Plague in India, 1896, 1897 - Volume 3
Year: 1896
Disease focus: Plague
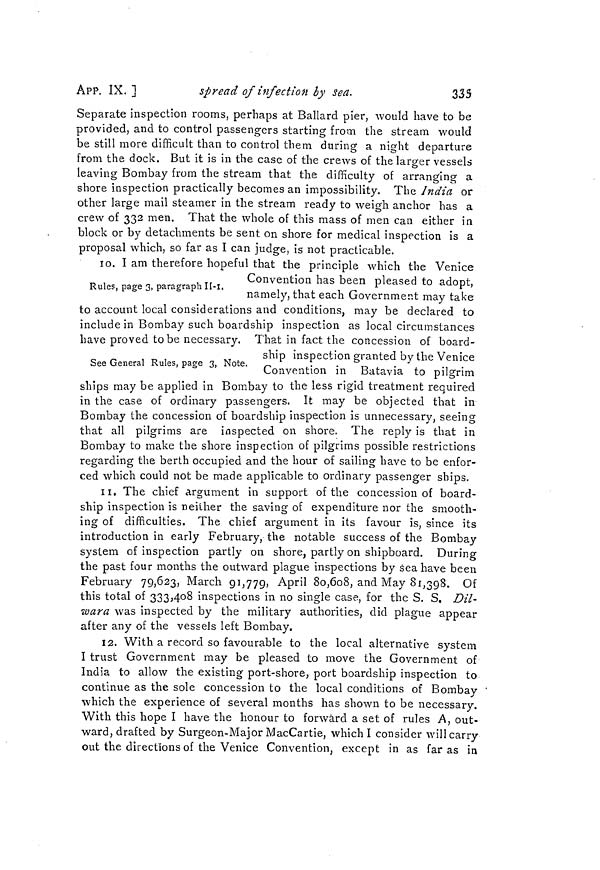
APP. IX. ]
spread of infection by Sea.
335
Separate inspection rooms, perhaps at Ballard pier, would have to be
provided, and to control passengers starting from the stream would
be still more difficult than to control them during a night departure
from the dock. But it is in the case of the crews of the larger vessels
leaving Bombay from the stream that the difficulty of arranging a
shore inspection practically becomes an impossibility. The India or
other large mail steamer in the stream ready to weigh anchor has a
crew of 332 men. That the whole of this mass of men can either in
block or by detachments be sent on shore for medical inspection is a
proposal which, so far as I can judge, is not practicable.
Rules, page 3, paragraph ÍI-I.
1o. I am therefore hopeful that the principle which the Venice
Convention has been pleased to adopt,
namely, that each Government may take
to account local considerations and conditions, may be declared to
include in Bombay such boardship inspection as local circumstances
have proved to be necessary. That in fact the concession of board-
See General Rules, page 3, Note.
ship inspection granted by the Venice
Convention in Batavia to pilgrim
ships may be applied in Bombay to the less rigid treatment required
in the case of ordinary passengers. It may be objected that in
Bombay the concession of boardship inspection is unnecessary, seeing
that all pilgrims are inspected on shore. The reply is that in
Bombay to make the shore inspection of pilgrims possible restrictions
regarding the berth occupied and the hour of sailing have to be enfor-
ced which could not be made applicable to ordinary passenger ships.
11. The chief argument in support of the concession of board-
ship inspection is neither the saving of expenditure nor the smooth-
ing of difficulties. The chief argument in its favour is, since its
introduction in early February, the notable success of the Bombay
system of inspection partly on shore, partly on shipboard. During
the past four months the outward plague inspections by sea have been
February 79,623, March 91,779, April 80,608, and May 81,398. Of
this total of 333,408 inspections in no single case, for the S. S. Dil-
wara was inspected by the military authorities, did plague appear
after any of the vessels left Bombay.
12. With a record so favourable to the local alternative system
I trust Government may be pleased to move the Government of
India to allow the existing port-shore, port boardship inspection to
continue as the sole concession to the local conditions of Bombay
which the experience of several months has shown to be necessary.
With this hope I have the honour to forward a set of rules A, out-
ward, drafted by Surgeon-Major MacCartie, which I consider will carry
out the directions of the Venice Convention, except in as far as in